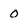
Character: 0